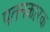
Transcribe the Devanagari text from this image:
पतनकारक